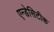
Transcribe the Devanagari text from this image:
एन्डेसिटीक